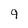
Character: 9